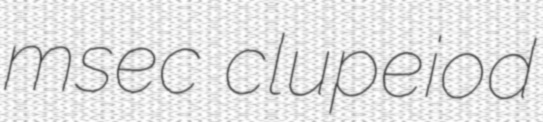
msec clupeiod